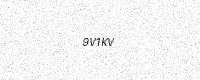
Text: 9V1KV